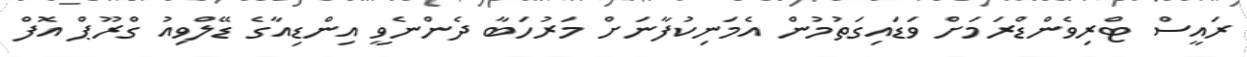
ރައީސް ޓްރިވެންޑްރަމަށް ވަޑައިގަތުމުން އެމަނިކުފާނަށް މަރުހަބާ ދެންނެވީ އިންޑިއާގެ ޑޭލްވިއު ގްރޫޕް އޮފް